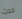
حدث